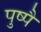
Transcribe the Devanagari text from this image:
पुष्पै